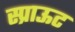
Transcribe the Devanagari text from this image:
स्प्राऊट